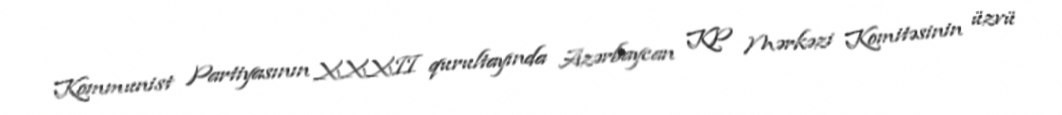
Kommunist Partiyasının XXXII qurultayında Azərbaycan KP Mərkəzi Komitəsinin üzvü